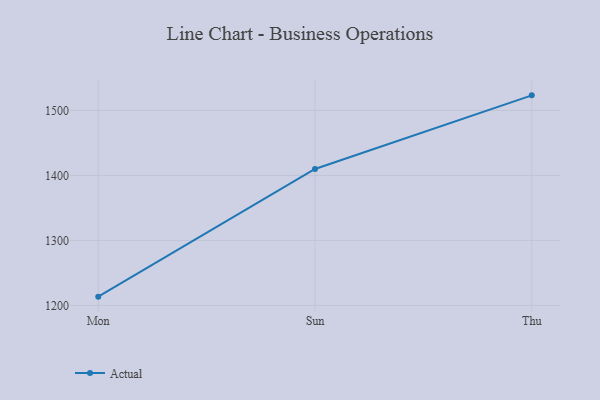
{"axis": {"x": "Day", "y": "Bounce Rate (%)"}, "legend": ["Actual"], "data": [{"x": "Mon", "y": 1213.5, "type": "Actual"}, {"x": "Sun", "y": 1409.9, "type": "Actual"}, {"x": "Thu", "y": 1523.2, "type": "Actual"}]}